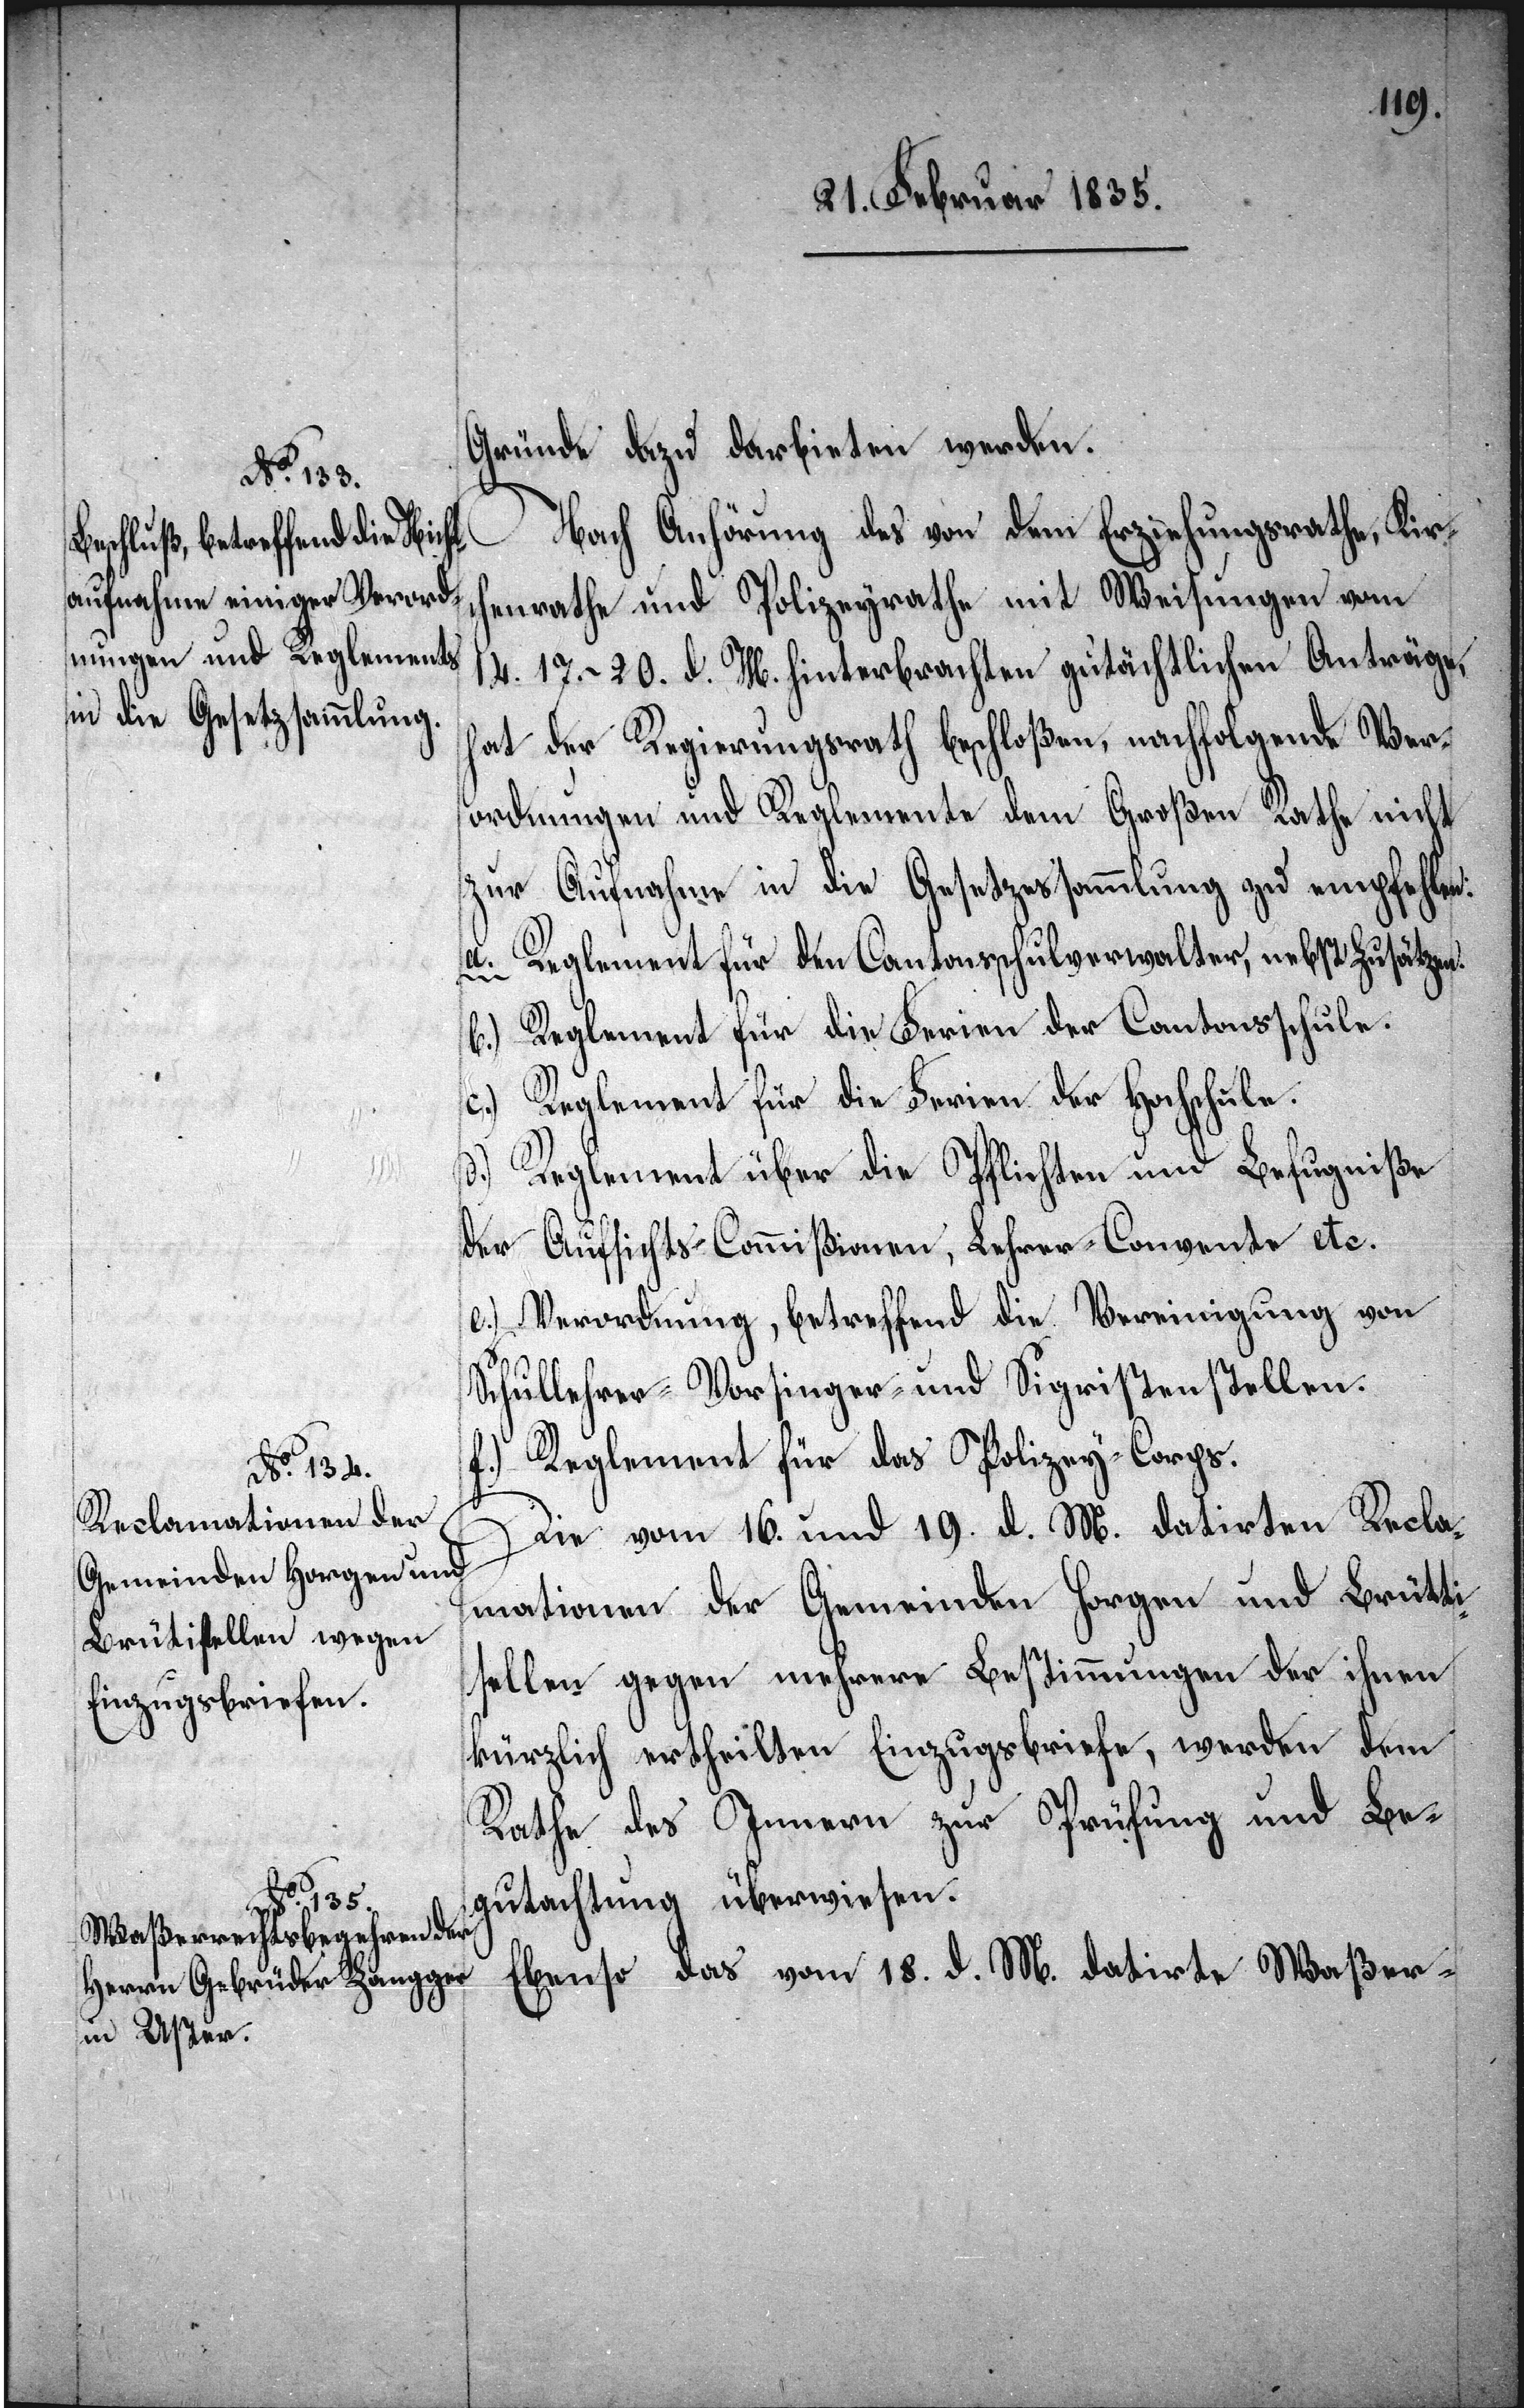
Gründe dazu darbieten werden.
Kirc¬
henrathe und Polizeyrathe mit Weisungen vom
14. 17. – 20. d. M. hinterbrachten gutächtlichen Anträge,
hat der Regierungsrath beschloßen, nachfolgende Ver¬
ordnungen und Reglemente dem Großen Rathe nicht
zur Aufnahme in die Gesetzessammlung zu empfehlen:
a. Reglement für den Cantonsschulverwalter, nebst Zusätzen.
b.) Reglement für die Ferien der Cantonsschule.
c.) Reglement für die Ferien der Hochschule.
d.) Reglement für die Pflichten und Befugniße
der Aufsichts-Commißionen, Lehrer-Convente etc.
e.) Verordnung, betreffend die Vereinigung von
ullehrer-[,] Vorsinger- und Sigristenstellen.
M.
Reglement für das Polizey-Corps.
vom 18. d.
Die vom 16. und 19. d. M. datirten Recla¬
mationen der Gemeinden Horgen und Brütti¬
sellen gegen mehrere Bestimmungen der ihnen
kürzlich ertheilten Einzugsbriefe, werden dem
Rathe des Innern zur Prüfung und Be¬
gutachtung überwiesen.
Waßer-